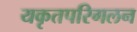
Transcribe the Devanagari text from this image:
यकृतपरिगलन